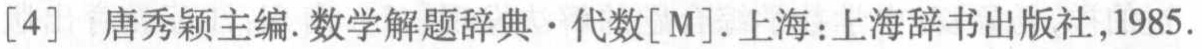
[4] 唐秀颖主编.数学解题辞典·代数[M].上海:上海辞书出版社,1985.